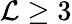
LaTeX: {\cal L}\ge 3